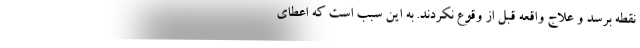
نقطه برسد و علاج واقعه قبل از وقوع نکردند. به این سبب است که اعطای